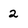
Character: 2